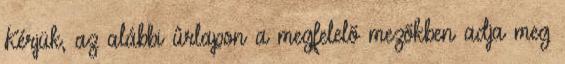
Kérjük, az alábbi ûrlapon a megfelelõ mezõkben adja meg